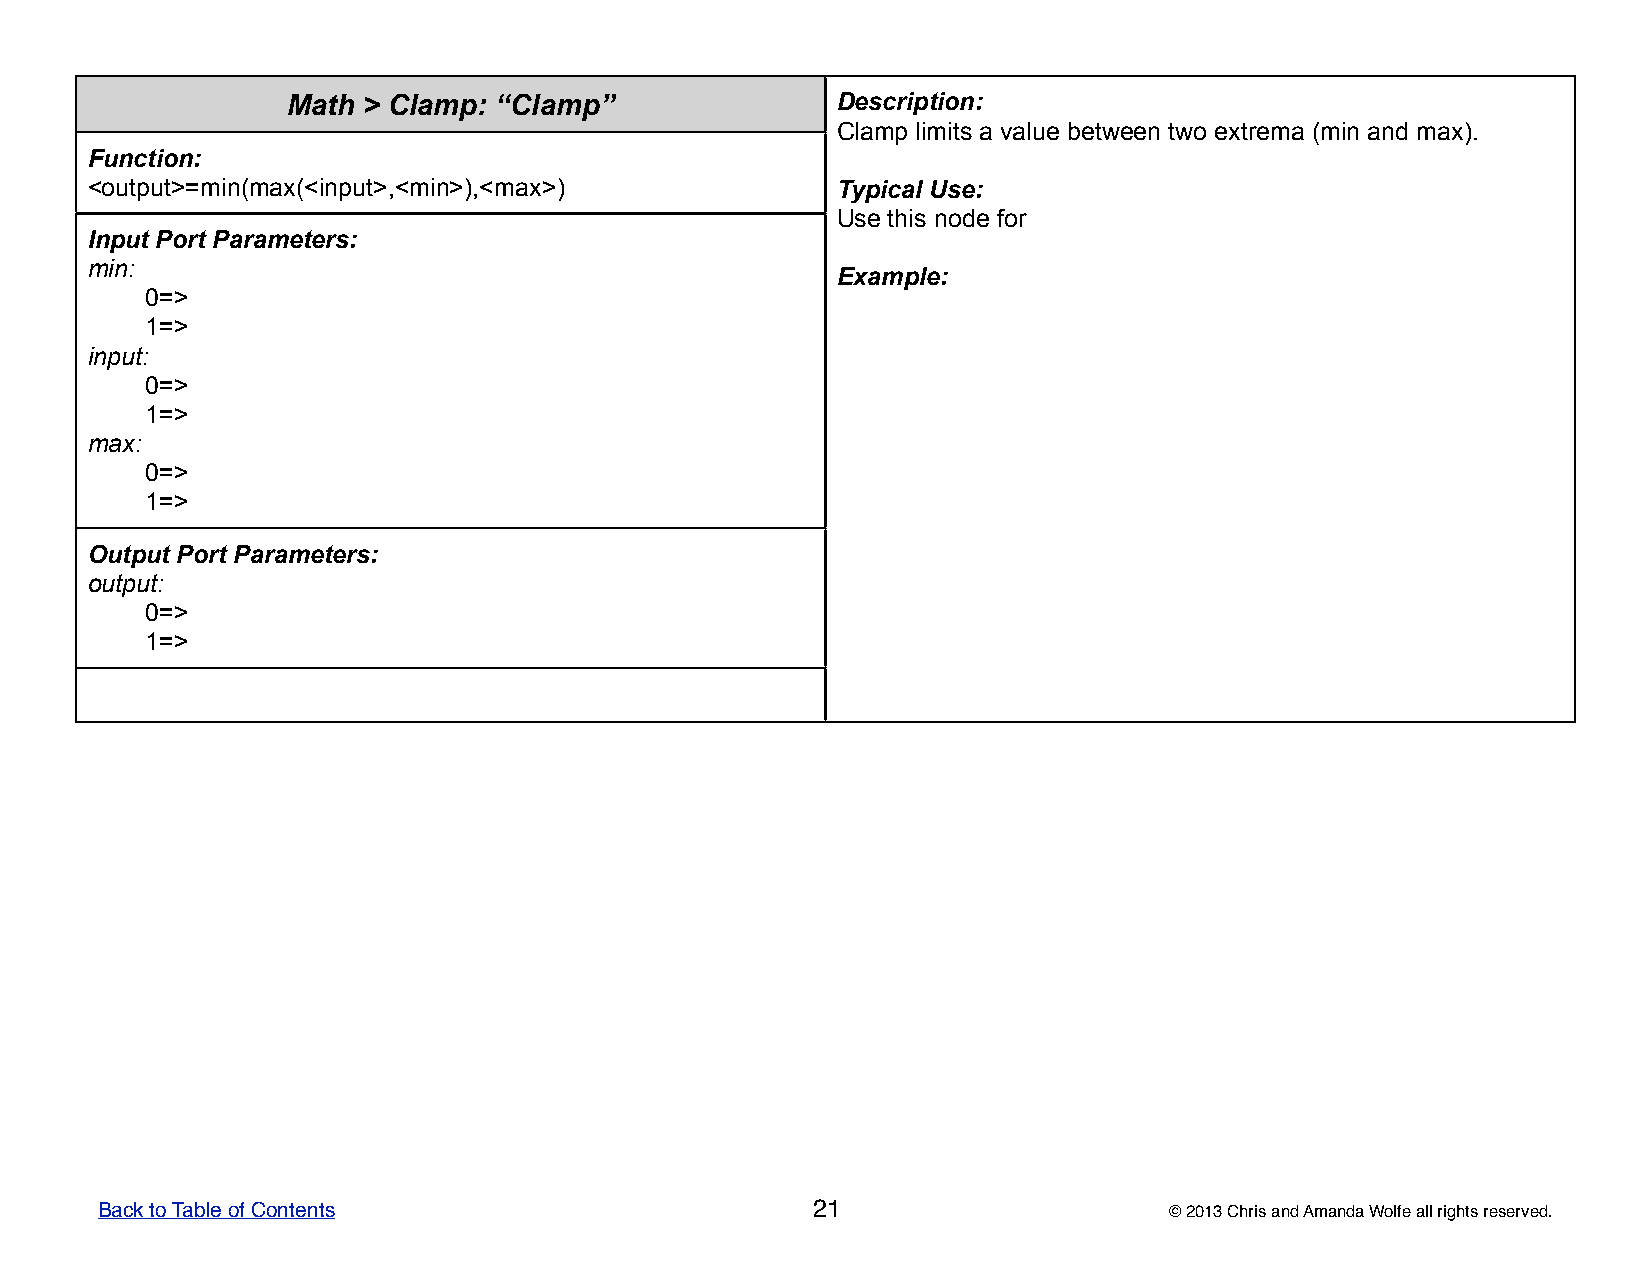
Math > Clamp: “Clamp”               DDDDDeeeeessssscccccrrrrriiiiippppptttttiiiiiooooonnnnn:::::
 CCCCClllllaaaaammmmmppppp llllliiiiimmmmmiiiiitttttsssss aaaaa vvvvvaaaaallllluuuuueeeee bbbbbeeeeetttttwwwwweeeeeeeeeennnnn tttttwwwwwooooo eeeeexxxxxtttttrrrrreeeeemmmmmaaaaa (((((mmmmmiiiiinnnnn aaaaannnnnddddd mmmmmaaaaaxxxxx))))).....
 Function:
 <output>=min(max(<input>,<min>),<max>)           TTTTTyyyyypppppiiiiicccccaaaaalllll UUUUUssssseeeee:::::
 UUUUUssssseeeee ttttthhhhhiiiiisssss nnnnnooooodddddeeeee fffffooooorrrrr
 Input Port Parameters:
 min:
 EEEEExxxxxaaaaammmmmpppppllllleeeee:::::
 0=>
 1=>
 input:
 0=>
 1=>
 max:
 0=>
 1=>
 Output Port Parameters:
 output:
 0=>
 1=>
 Back to Table of Contents                       21                     © 2013 Chris and Amanda Wolfe all rights reserved.